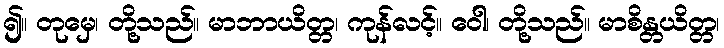
၍။ တုမှေ၊ တို့သည်။ မာဘာယိတ္တ၊ ကုန်လင့်။ ဝေါ၊ တို့သည်။ မာစိန္တယိတ္တ၊